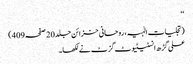
‘‘
(تجلیاتِ الٰہیہ، روحانی خزائن جلد20 صفحہ409)
علی گڑھ انسٹیٹیوٹ گزٹ نے لکھا۔